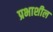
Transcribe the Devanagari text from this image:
प्रभाशील